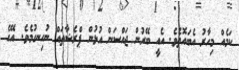
ކަމެއް މިހާރު އެބައޮތެވެ. އެއީ ބޭރުން ޖައްސަން އުޅުން ޕްރެޝާތައް ނުހިނގުމެވެ. އޭގެ